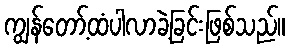
ကျွန်တော့်ထံပါလာခဲ့ခြင်းဖြစ်သည်။